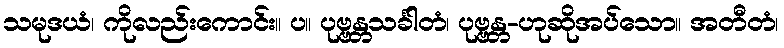
သမုဒယံ၊ ကိုလည်းကောင်း။ ပ။ ပုဗ္ဗန္တသင်္ခါတံ၊ ပုဗ္ဗန္တ-ဟုဆိုအပ်သော။ အတီတံ၊